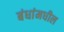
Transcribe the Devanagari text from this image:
बंधांमधील